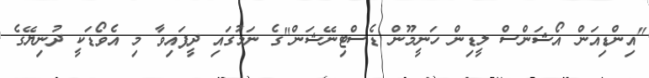
"އިންޑިއަން އޯޝަންސް ލީޑިން ހަނީމޫން ޑެސްޓިނޭޝަން"ގެ ނަމުގައި ދީފައިވާ މި އެވޯޑަކީ ދުނިޔޭގެ